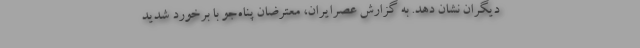
دیگران نشان دهد. به گزارش عصرایران، معترضان پناه‌جو با برخورد شدید